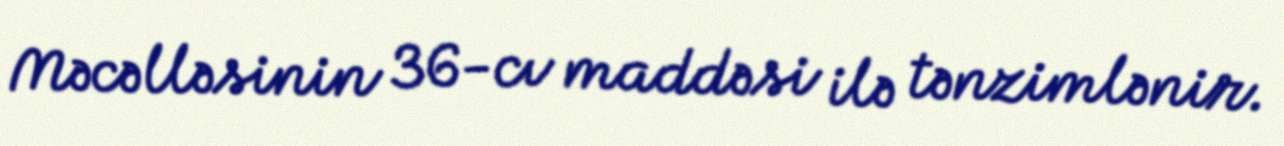
Məcəlləsinin 36-cı maddəsi ilə tənzimlənir.